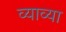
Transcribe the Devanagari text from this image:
व्याव्या